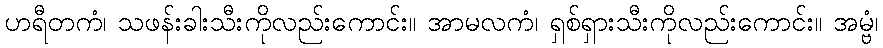
ဟရီတကံ၊ သဖန်းခါးသီးကိုလည်းကောင်း။ အာမလကံ၊ ရှစ်ရှားသီးကိုလည်းကောင်း။ အမ္ဗံ၊